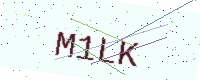
Text: M1LK